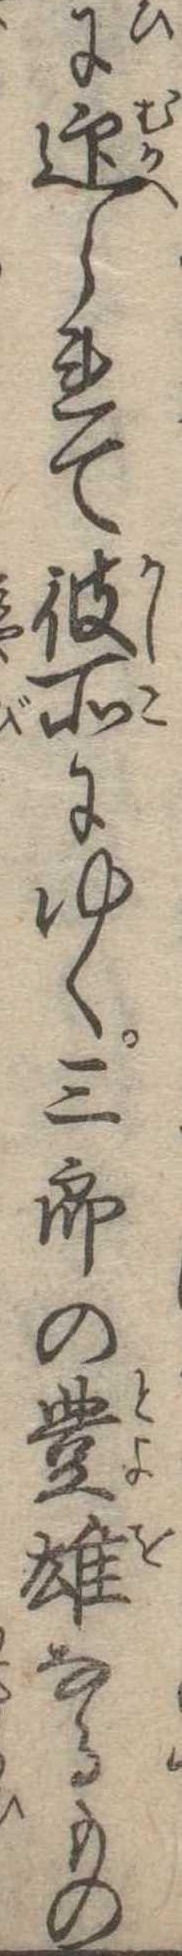
に迎られて彼所にゆく三郎の豊雄なるもの